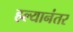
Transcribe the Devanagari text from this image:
हल्यानंतर